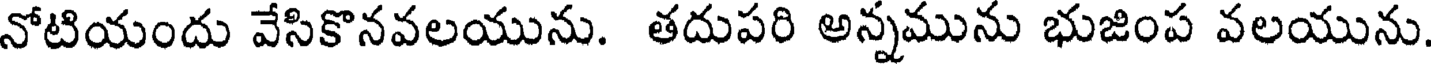
నోటియందు వేసికొనవలయును. తదుపరి అన్నమును భుజింప వలయును